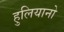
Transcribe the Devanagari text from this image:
हुलियानो